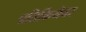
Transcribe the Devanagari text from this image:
प्रतिकियेवर